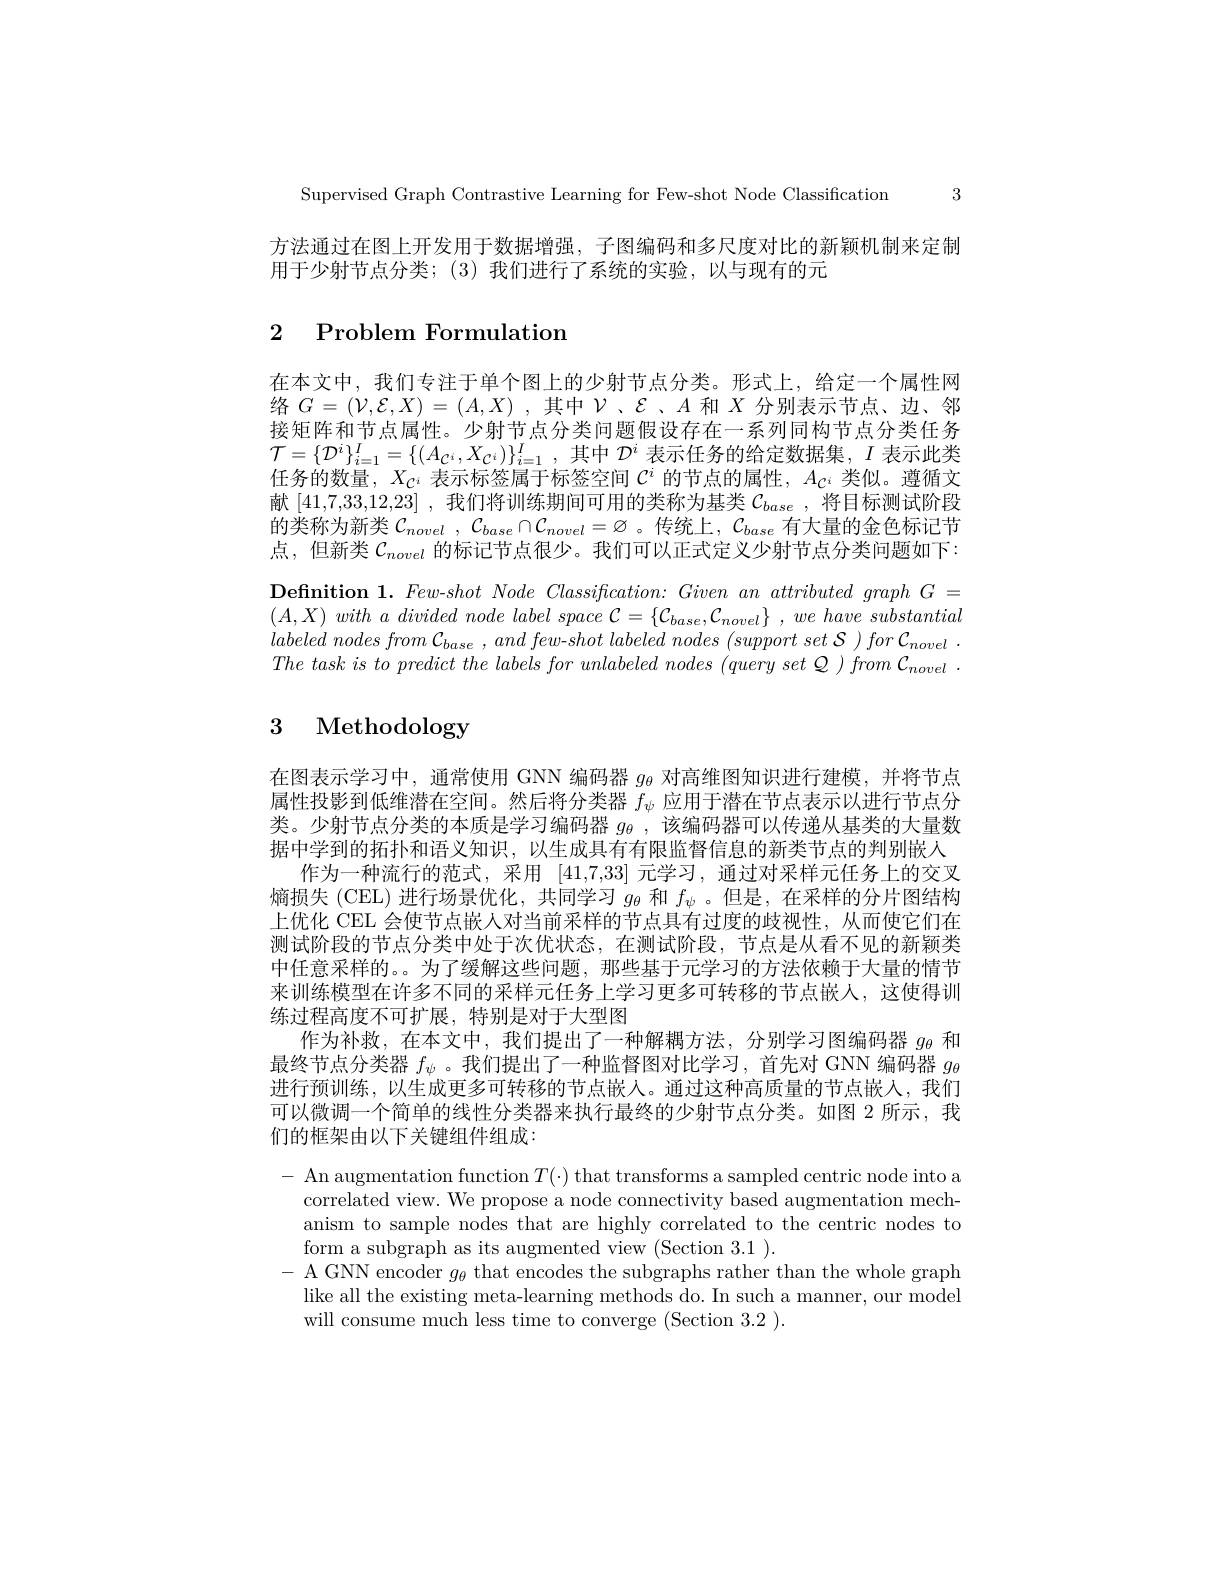
3

Supervised Graph Contrastive Learning for Few-shot Node Classification

方法通过在图上开发用于数据增强，子图编码和多尺度对比的新颖机制来定制
用于少射节点分类；(3)我们进行了系统的实验，以与现有的元

# 2 Problem Formulation

在本文中，我们专注于单个图上的少射节点分类。形式上，给定一个属性网络$G=(\mathcal{V},\mathcal{E},X)=(A,X)$ ,其中$\mathcal{V}$、$\mathcal{E}$、$A$和$X$分别表示节点、边、邻接矩阵和节点属性。少射节点分类问题假设存在一系列同构节点分类任务$\mathcal{T} = \{ \mathcal{D} ^i\} _{i= 1}^I= \{ ( A_{\mathcal{C} ^i}, X_{\mathcal{C} ^i}) \} _{i= 1}^I$ ,其中$\mathcal{D}^i$表示任务的给定数据集，$I$表示此类任务的数量，$X_{C^i}$表示标签属于标签空间$\mathcal{C}^i$的节点的属性，$A_{C^i}$类似。遵循文献[41,7,33,12,23] ,我们将训练期间可用的类称为基类$C_{base}$ ,将目标测试阶段的类称为新类$\mathcal{C} _{novel}$ , $\mathcal{C} _{base}\cap \mathcal{C} _{novel}= \varnothing$ 。传统上，$\mathcal{C}_base$有大量的金色标记节点，但新类$\mathcal{C}_{novel}$的标记节点很少。我们可以正式定义少射节点分类问题如下： $\textbf{Definition 1. Few- shot Node Classification: Given an attributed graph G = }$ $( A, X) \textit{ with a divided node label space C}= \{ \mathcal{C} _{base}, \mathcal{C} _{novel}\}$ $, \textit{we have substantial}$ $labeled~nodes~from~\mathcal{C}_{base}~,~and~few-shot~labeled~nodes~(support~set~\mathcal{S}~)~for~\mathcal{C}_{novel}~.$ $The\textit{ task is to predict the labels for unlabeled nodes (query set Q ) from C}_{novel}$

# 3 Methodology

在图表示学习中，通常使用 GNN 编码器$g_{\theta}$对高维图知识进行建模，并将节点属性投影到低维潜在空间。然后将分类器$f_\psi$应用于潜在节点表示以进行节点分类。少射节点分类的本质是学习编码器$g_\mathrm{\theta }$ , 该编码器可以传递从基类的大量数据中学到的拓扑和语义知识，以生成具有有限监督信息的新类节点的判别嵌人
作为一种流行的范式，采用[41,7,33]元学习，通过对采样元任务上的交叉熵损失 (CEL)进行场景优化，共同学习$g_\theta$和$f_\psi$ 。但是，在采样的分片图结构上优化 CEL 会使节点嵌人对当前采样的节点具有过度的歧视性，从而使它们在测试阶段的节点分类中处于次优状态，在测试阶段，节点是从看不见的新颖类中任意采样的。。为了缓解这些问题，那些基于元学习的方法依赖于大量的情节来训练模型在许多不同的采样元任务上学习更多可转移的节点嵌人，这使得训练过程高度不可扩展，特别是对于大型图
作为补救，在本文中，我们提出了一种解耦方法，分别学习图编码器$g_\theta$和最终节点分类器$f_\psi$ 。我们提出了一种监督图对比学习，首先对 GNN 编码器$g_\mathrm{\theta}$ 进行预训练，以生成更多可转移的节点嵌人。通过这种高质量的节点嵌入，我们可以微调一个简单的线性分类器来执行最终的少射节点分类。如图 2 所示，我们的框架由以下关键组件组成：

$-{\text{ An augmentation function }T(\cdot)\text{ that transforms a sampled centric node into a}}$
correlated view. We propose a node connectivity based augmentation mechanism to sample nodes that are highly correlated to the centric nodes to form a subgraph as its augmented view (Section 3.1 ).
- A GNN encoder $g_\theta$ that encodes the subgraphs rather than the whole graph
like all the existing meta-learning methods do. In such a manner, our model
will consume much less time to converge (Section 3.2 ).